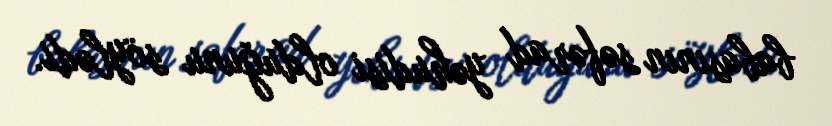
babasının səfərad yəhudisi olduğunu söylədi.